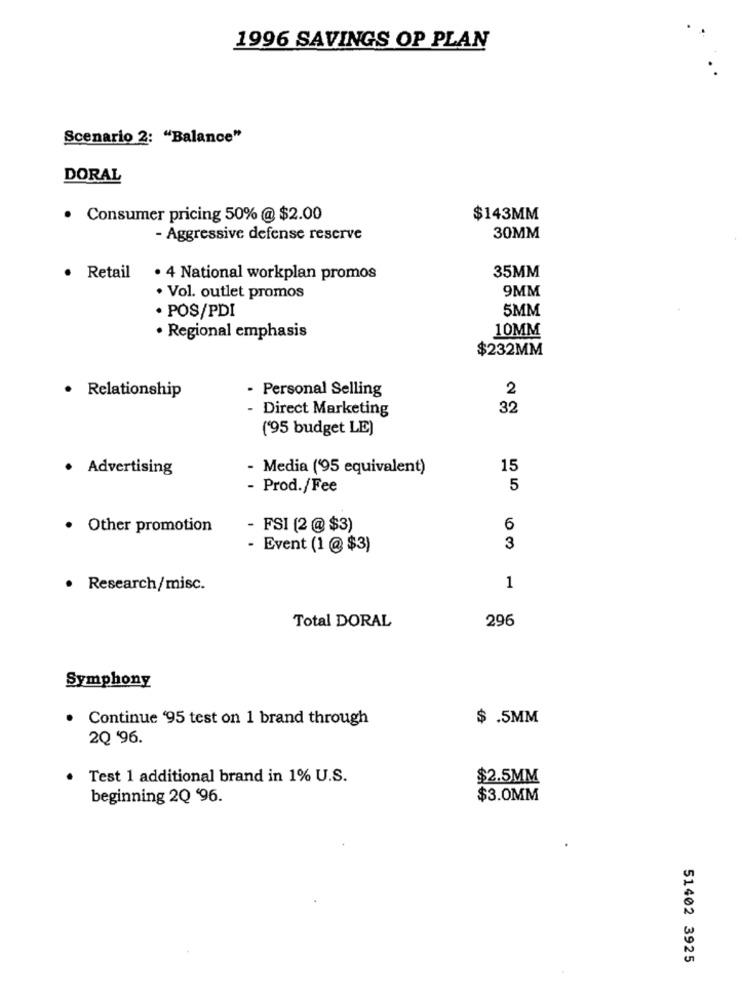
1996 SAVINGS OP PLAN
Scenario 2: "Balance"
DORAL
. Consumer pricing 50% @ $2.00
$143MM
- Aggressive defense reserve
30MM
35MM
· Retail
· 4 National workplan promos
9MM
· Vol. outlet promos
· POS/PDI
5MM
10MM
· Regional emphasis
$232MM
· Relationship
· Personal Selling
2
- Direct Marketing
32
('95 budget LE)
· Advertising
- Media ('95 equivalent)
15
- Prod./Fee
5
· Other promotion
- FSI (2 @ $3)
6
- Event (1 @ $3)
3
· Research/misc.
1
296
Total DORAL
Symphony
· Continue '95 test on 1 brand through
$ .5MM
2Q '96.
Test 1 additional brand in 1% U.S.
$2.5MM
beginning 2Q '96.
$3.0MM
51402 3925